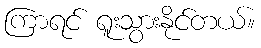
ကြာရင် ရူးသွားနိုင်တယ်။